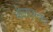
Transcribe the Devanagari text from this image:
बीलासवार